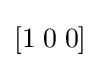
\left[1\;0\;0\right]